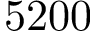
5 2 0 0